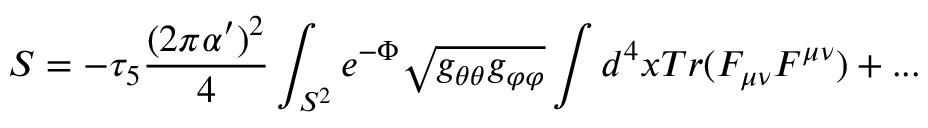
S = - \tau _ { 5 } { \frac { ( 2 \pi \alpha ^ { \prime } ) ^ { 2 } } { 4 } } \int _ { S ^ { 2 } } e ^ { - \Phi } \sqrt { g _ { \theta \theta } g _ { \varphi \varphi } } \int d ^ { 4 } x T r ( F _ { \mu \nu } F ^ { \mu \nu } ) + . . .